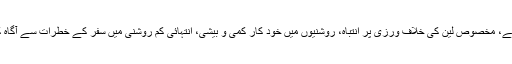
اس میں گاڑی کو پیدل چلنے والوں کی ٹکر سے بچانے، ریڈار کے ذریعے گاڑی کو چلانے، مخصوص لین کی خلاف ورزی پر انتباہ، روشنیوں میں خود کار کمی و بیشی، انتہائی کم روشنی میں سفر کے خطرات سے آگاہ کرنے اور پہیوں میں ہوا کا دباؤ کم اور زیادہ ہونے کی اطلاع دینے جیسے نظام شامل ہیں۔